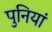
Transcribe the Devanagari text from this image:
पुनियां